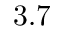
3 . 7